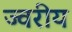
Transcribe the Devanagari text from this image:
ज्वरीय